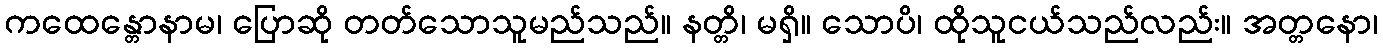
ကထေန္တောနာမ၊ ပြောဆို တတ်သောသူမည်သည်။ နတ္တိ၊ မရှိ။ သောပိ၊ ထိုသူငယ်သည်လည်း။ အတ္တနော၊